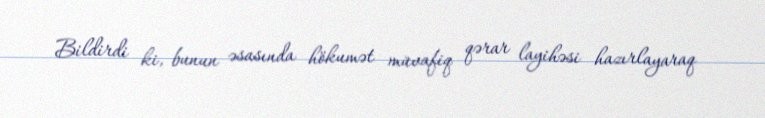
Bildirdi ki, bunun əsasında hökumət müvafiq qərar layihəsi hazırlayaraq